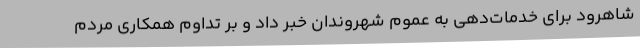
شاهرود برای خدمات‌دهی به عموم شهروندان خبر داد و بر تداوم همکاری مردم